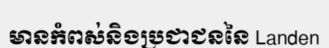
មានកំពស់និងប្រជាជននៃ Landen